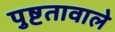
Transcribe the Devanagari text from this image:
पुष्टतावाले